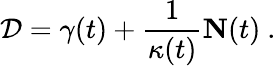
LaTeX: {\mathcal{D}}=\gamma(t)+{\frac{1}{\kappa(t)}}{\mathbf{N}}(t)\ .